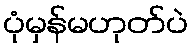
ပုံမှန်မဟုတ်ပဲ